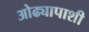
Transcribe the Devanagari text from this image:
ओढ्यापाशी